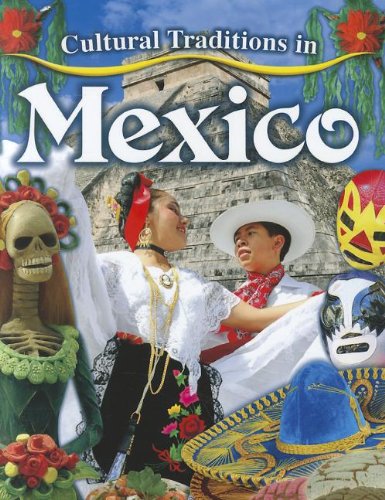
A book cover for Cultural Traditions in Mexico (Cultural Traditions in My World); Lynn Peppas; Children's Books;